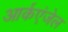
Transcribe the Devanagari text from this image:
आर्कएंजेल